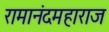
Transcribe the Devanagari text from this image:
रामानंदमहाराज